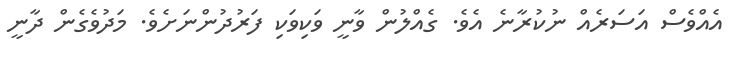
އެއްވެސް އަސަރެއް ނުކުރާނެ އެވެ. ގެއްލުން ވާނީ ވަކިވަކި ފަރުދުންނަށެވެ. މަދުވެގެން ދާނީ